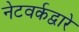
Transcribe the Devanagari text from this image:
नेटवर्कद्वारे